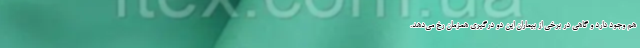
هم وجود دارد و گاهی در برخی از بیماران این دو درگیری همزمان رخ می‌دهد.